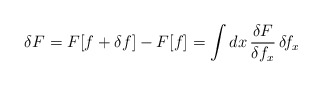
\begin{align*}\delta F= F[f+\delta f] - F[f] = \int dx\, \frac{\delta F}{\delta f_x}\, \delta\!f_x\end{align*}